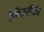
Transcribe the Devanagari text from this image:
विकिरणमितीय